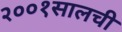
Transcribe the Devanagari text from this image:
२००१सालची